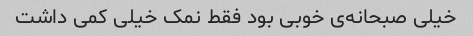
خیلی صبحانه‌ی خوبی بود فقط نمک خیلی کمی داشت